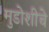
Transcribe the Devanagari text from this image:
मुडोशीचे